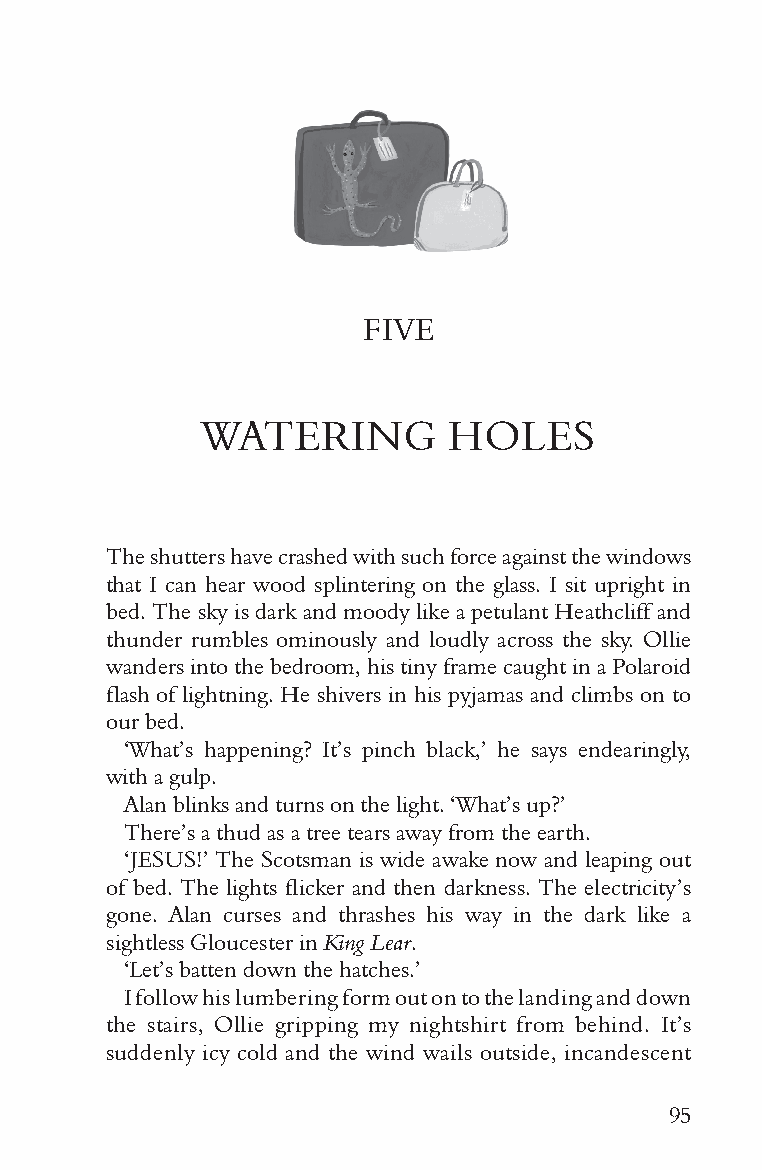
FIVE
 WATERING         HOLES
 The shutters have crashed with such force against the windows
 that I can hear wood splintering on the glass. I sit upright in
 bed. The sky is dark and moody like a petulant Heathcliff and
 thunder rumbles ominously and loudly across the sky. Ollie
 wanders into the bedroom, his tiny frame caught in a Polaroid
 flash of lightning. He shivers in his pyjamas and climbs on to
 our bed.
 ‘What’s happening? It’s pinch black,’ he says endearingly,
 with a gulp.
 Alan blinks and turns on the light. ‘What’s up?’
 There’s a thud as a tree tears away from the earth.
 ‘JESUS!’ The Scotsman is wide awake now and leaping out
 of bed. The lights flicker and then darkness. The electricity’s
 gone. Alan curses and thrashes his way in the dark like a
 sightless Gloucester in King Lear.
 ‘Let’s batten down the hatches.’
 I follow his lumbering form out on to the landing and down
 the stairs, Ollie gripping my nightshirt from behind. It’s
 suddenly icy cold and the wind wails outside, incandescent
 95